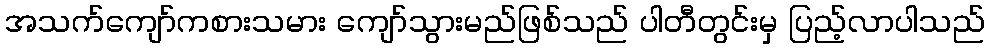
အသက်ကျော်ကစားသမား ကျော်သွားမည်ဖြစ်သည် ပါတီတွင်းမှ ပြည့်လာပါသည်